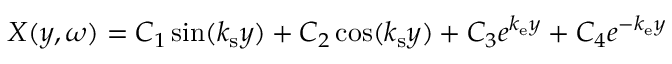
X ( y , \omega ) = C _ { 1 } \sin ( k _ { \mathrm { s } } y ) + C _ { 2 } \cos ( k _ { \mathrm { s } } y ) + C _ { 3 } e ^ { k _ { \mathrm { e } } y } + C _ { 4 } e ^ { - k _ { \mathrm { e } } y }